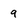
Character: 9